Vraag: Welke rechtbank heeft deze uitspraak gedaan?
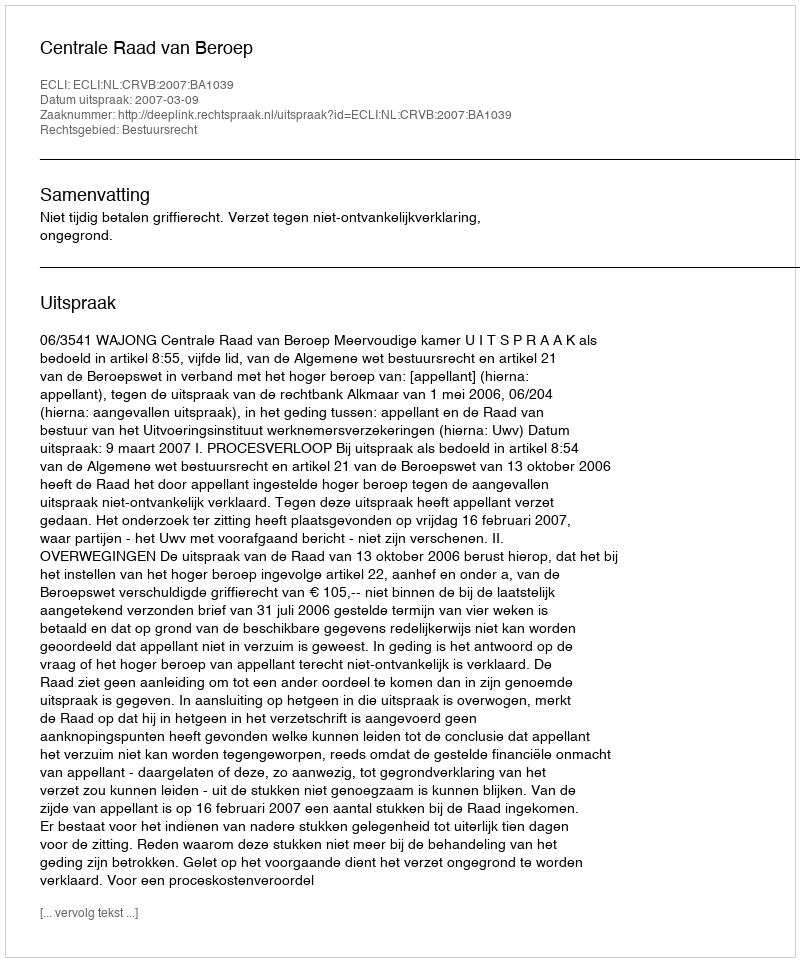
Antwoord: Centrale Raad van Beroep